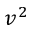
v ^ { 2 }